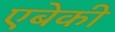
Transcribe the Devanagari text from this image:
एबेकी